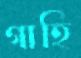
গাহি